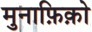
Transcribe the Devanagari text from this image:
मुनाफ़िक़ो